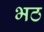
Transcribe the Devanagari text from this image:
भठ